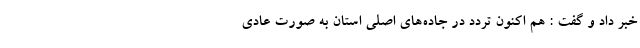
خبر داد و گفت : هم اکنون تردد در جاده‌های اصلی استان به صورت عادی